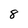
Character: 8